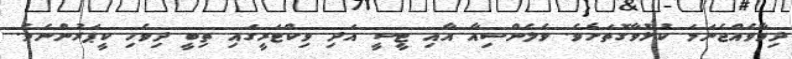
ދިމާވެއްޖެނަމަ ކުޅުވާގޮތަށެވެ. ވެލެންސިއާ އާއި ޓީސީ އަދި ވިކްޓަރީގައި ތިބީ ދިވެހި ކީޕަރުންނެވެ.